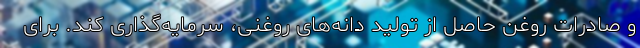
و صادرات روغن حاصل از تولید دانه‌های روغنی، سرمایه‌گذاری کند. برای